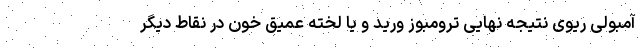
آمبولی ریوی نتیجه نهایی ترومبوز ورید و یا لخته عمیق خون در نقاط دیگر